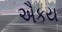
ઐકય